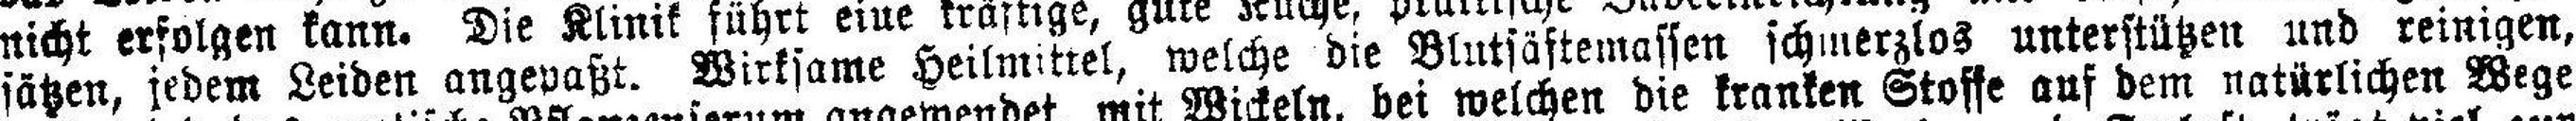
sätzen, jedem Leiden angepaßt. Wirksame Heilmitrel, welche die Blutsäftemassen schmerzlos unterstützen und reinigen,